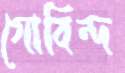
গোবিন্দ